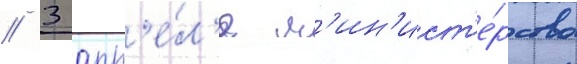
// 3 апр'е́л'я м'ин'ист'е́рство